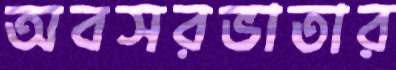
অবসরভাতার